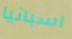
اسبانيا